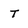
Character: T